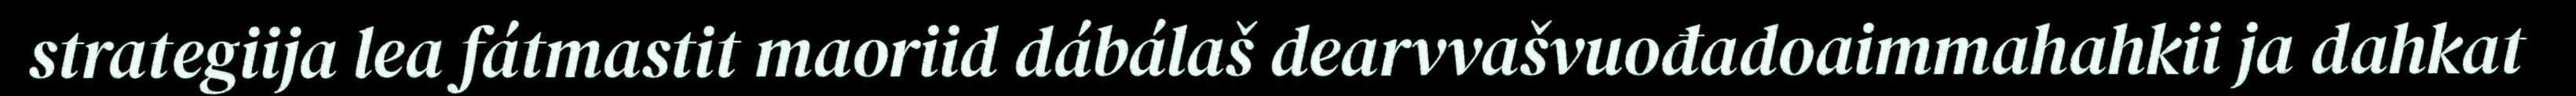
strategiija lea fátmastit maoriid dábálaš dearvvašvuođadoaimmahahkii ja dahkat